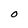
Character: 0